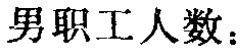
男职工人数：